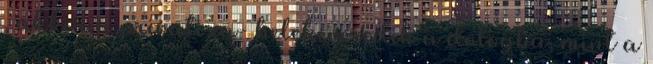
, akkor a privatiza- belekeveredik a dologba, mint a